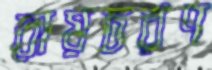
রায়চরণ